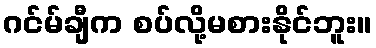
ဂင်မ်ချီက စပ်လို့မစားနိုင်ဘူး။